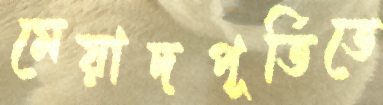
মেয়াদপূর্তিতে